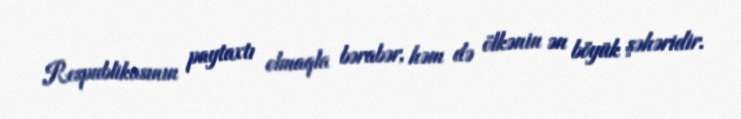
Respublikasının paytaxtı olmaqla bərabər, həm də ölkənin ən böyük şəhəridir.